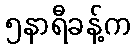
၅နာရီခန့်က